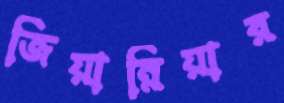
জিয়ান্নিয়ার